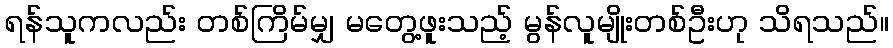
ရန်သူကလည်း တစ်ကြိမ်မျှ မတွေ့ဖူးသည့် မွန်လူမျိုးတစ်ဦးဟု သိရသည်။